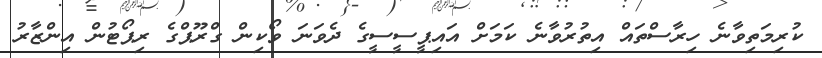
ކުރިމަތިވާނެ ހިރާސްތައް އިތުރުވާނެ ކަމަށް އައިޕީސީސީގެ ދެވަނަ ވޯކިން ގްރޫޕްގެ ރިޕޯޓުން އިންޒާރު